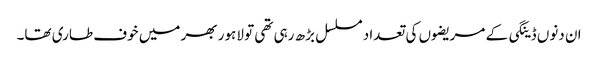
ان دنوں ڈینگی کے مریضوں کی تعداد مسلسل بڑھ رہی تھی تو لاہور بھر میں خوف طاری تھا۔